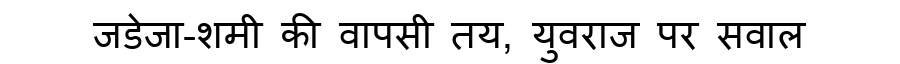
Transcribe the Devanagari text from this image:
जडेजा-शमी की वापसी तय, युवराज पर सवाल